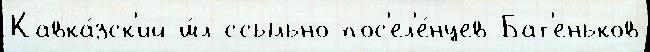
Кавка́зск'ий ш́л ссыльно-пос'ел'е́нцев Бат'еньков